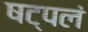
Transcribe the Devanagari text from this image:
षट्पलं